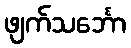
ဖျက်သင်္ဘော